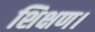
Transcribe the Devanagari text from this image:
शिक्षण।